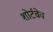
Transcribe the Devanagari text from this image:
शोर्टवेव